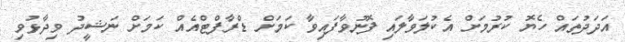
އަދަދުތައް ހެޔޮ ކުރުމަށް އެކުލަވާލައި ފޮނުވާފައިވާ ކަަމަށް ޑްރާފްޓްއެއް ކަމަށް ނަޝީދު ވިދާޅުވި